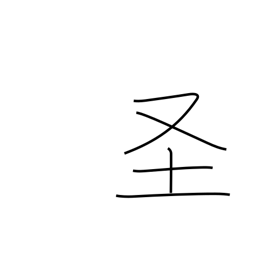
Meaning: holy